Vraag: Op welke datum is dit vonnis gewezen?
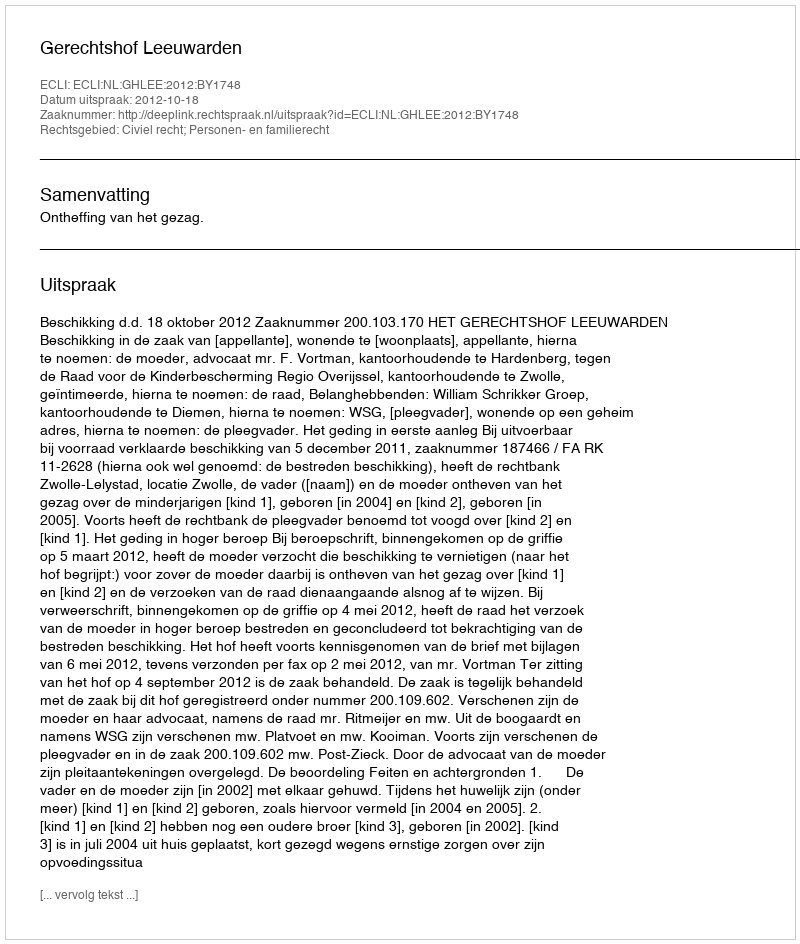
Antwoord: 2012-10-18